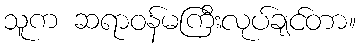
သူက ဆရာဝန်မကြီးလုပ်ချင်တာ။